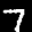
Label: 7